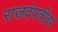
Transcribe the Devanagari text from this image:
राजदंपतीवर